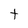
Character: t